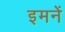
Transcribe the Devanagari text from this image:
इमनें